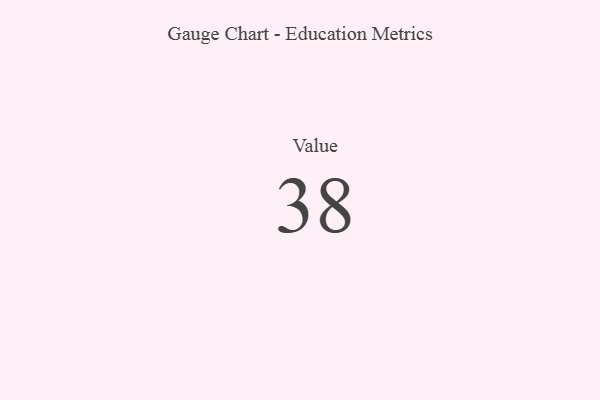
{"axis": {"x": "Metric", "y": "Value"}, "legend": [""], "data": [{"x": "Value", "y": 38, "type": ""}]}